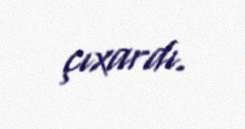
çıxardı.